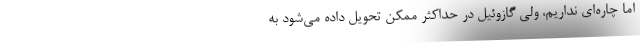
اما چاره‌ای نداریم، ولی گازوئیل در حداکثر ممکن تحویل داده می‌شود به